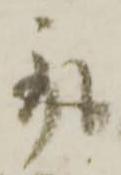
取